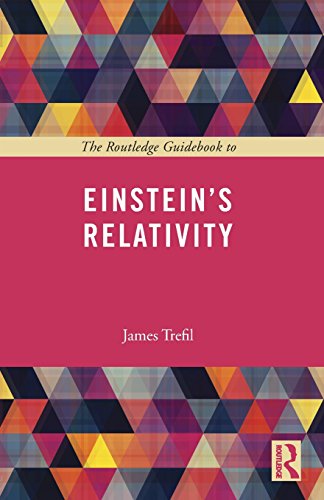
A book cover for The Routledge Guidebook to Einstein's Relativity (The Routledge Guides to the Great Books); James Trefil; Science & Math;